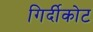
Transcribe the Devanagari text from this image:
गिर्दीकोट